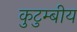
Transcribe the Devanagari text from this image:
कुटुम्बीय